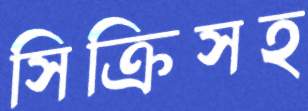
সিক্রিসহ